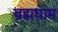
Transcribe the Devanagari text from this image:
ब्रह्मधाम